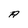
Character: A